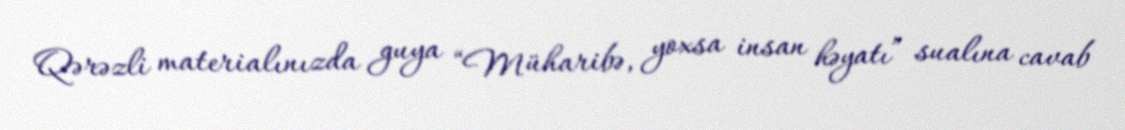
Qərəzli materialınızda guya “Müharibə, yoxsa insan həyatı” sualına cavab